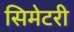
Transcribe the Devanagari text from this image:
सिमेटरी